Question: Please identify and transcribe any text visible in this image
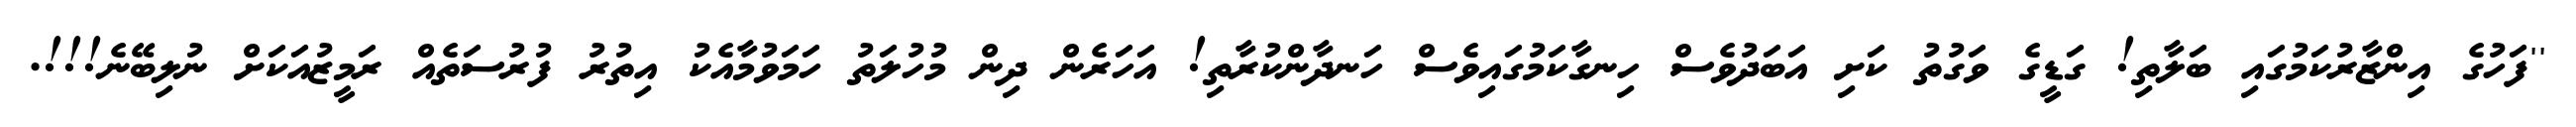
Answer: ''ފަހުގެ އިންޒާރުކަމުގައި ބަލާތި! ގަޑީގެ ވަގުތު ކަށި އަބަދުވެސް ހިނގާކަމުގައިވެސް ހަނދާންކުރާތި! އަހަރެން ދިން މުހުލަތު ހަމަވުމާއެކު އިތުރު ފުރުސަތެއް ރަމީޒުއަކަށް ނުލިބޭނެ!!!.